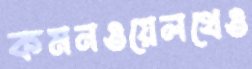
কমনওয়েলথেও